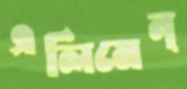
এলিমেন্